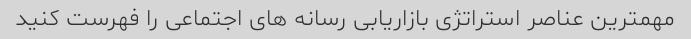
مهمترین عناصر استراتژی بازاریابی رسانه های اجتماعی را فهرست کنید